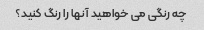
چه رنگی می خواهید آنها را رنگ کنید؟